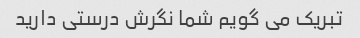
تبریک می گویم شما نگرش درستی دارید